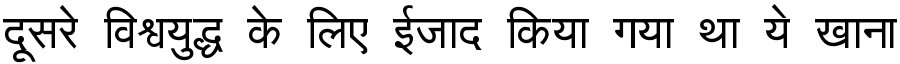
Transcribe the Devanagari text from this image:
दूसरे विश्वयुद्ध के लिए ईजाद किया गया था ये खाना